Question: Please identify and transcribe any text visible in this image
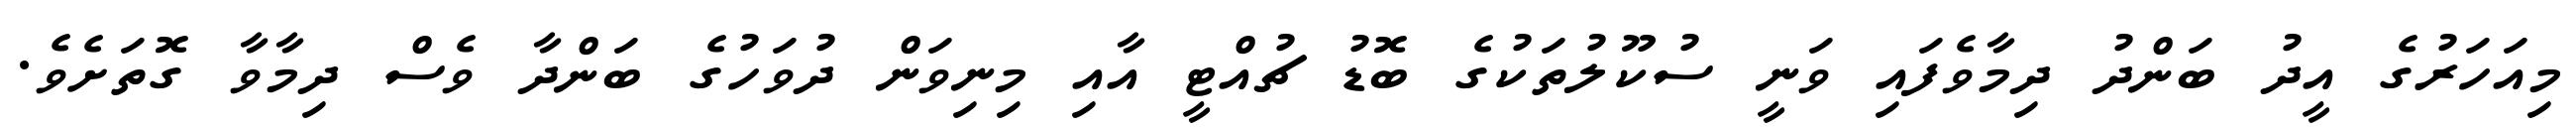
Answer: މިއަހަރުގެ އީދު ބަންދު ދިމާވެފައި ވަނީ ސުކޫލުތަކުގެ ބޮޑު ޗުއްޓީ އާއި މިނިވަން ދުވަހުގެ ބަންދާ ވެސް ދިމާވާ ގޮތަށެވެ.